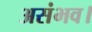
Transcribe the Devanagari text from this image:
असंभव।